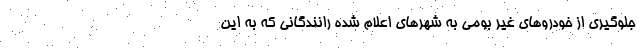
جلوگیری از خودروهای غیر بومی به شهرهای اعلام شده رانندگانی که به این